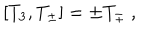
LaTeX: [ T _ { 3 } , T _ { \pm } ] = \pm T _ { \pm } \ ,